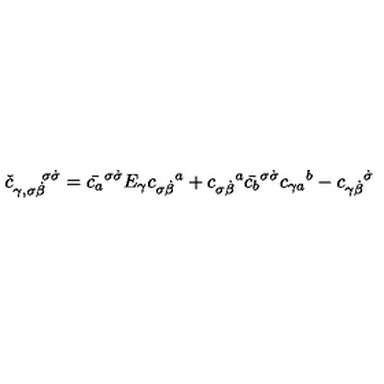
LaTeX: { \check { c } } _ { \gamma , \sigma \dot { \beta } } ^ { \enspace \enspace \enspace \sigma \dot { \sigma } } = \bar { c _ { a } } ^ { \sigma \dot { \sigma } } E _ { \gamma } { c _ { \sigma \dot { \beta } } } ^ { a } + { c _ { \sigma \dot { \beta } } } ^ { a } \bar { c _ { b } } ^ { \sigma \dot { \sigma } } { c _ { \gamma a } } ^ { b } - { c _ { \gamma \dot { \beta } } } ^ { \dot { \sigma } }